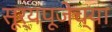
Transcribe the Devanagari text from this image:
सूर्यपूजेच्या